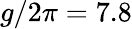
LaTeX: g/2\pi=7.8